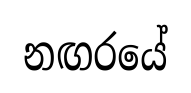
නඟරයේ